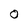
Character: O